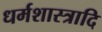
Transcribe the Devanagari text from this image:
धर्मशास्त्रादि